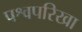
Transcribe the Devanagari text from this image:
पश्वपरिखा